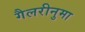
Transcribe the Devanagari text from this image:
गैलरीनुमा